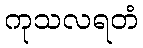
ကုသလရတံ